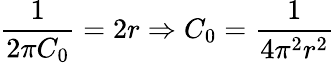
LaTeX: \frac{1}{2\pi C_{0}}=2r\Rightarrow C_{0}=\frac{1}{4\pi^{2}r^{2}}